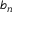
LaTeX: { \mathfrak { b } } _ { n }